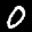
Label: 0